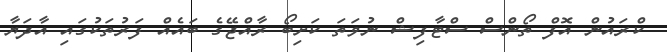
ކްރައުން އޮފް ތޯންސް ސްޓާފިޝް ނުވަތަ ކަށިބޯ ރާއްޖޭގެ ބައެއް ފަރުތަކުގައި އާދަޔާ